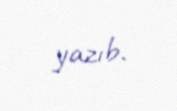
yazıb.